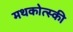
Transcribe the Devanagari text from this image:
मथकोत्स्की